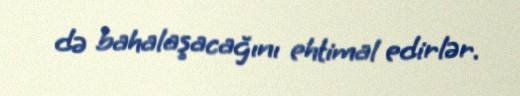
də bahalaşacağını ehtimal edirlər.